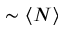
\sim \langle N \rangle